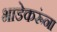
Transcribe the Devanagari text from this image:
भाडेकरूंना